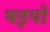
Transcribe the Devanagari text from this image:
भइयो